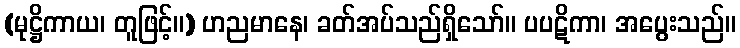
(မုဋ္ဌိကာယ၊ တူဖြင့်။) ဟညမာနေ၊ ခတ်အပ်သည်ရှိသော်။ ပပဋိကာ၊ အပွေးသည်။